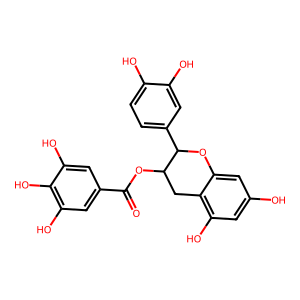
SMILES: O=C(OC1Cc2c(O)cc(O)cc2OC1c1ccc(O)c(O)c1)c1cc(O)c(O)c(O)c1
Inhibits HIV replication: No